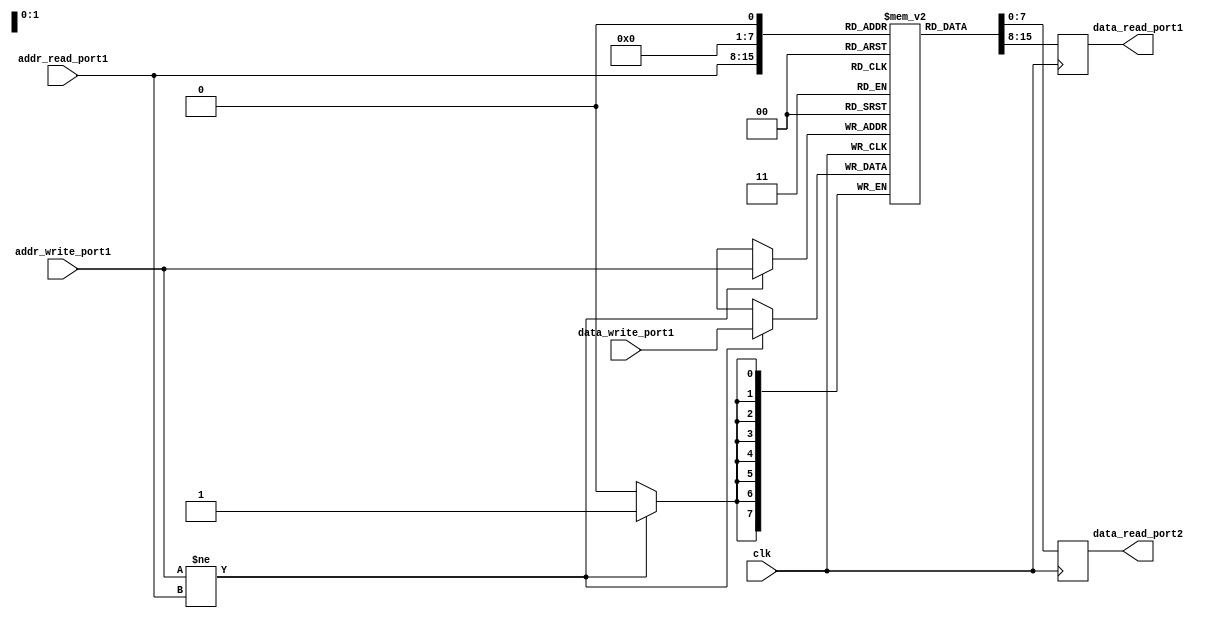
module dual_port_ram (
    input wire clk,                       // Clock signal
    input wire [7:0] addr_read_port1,     // Address for read port 1
    input wire [7:0] addr_write_port1,    // Address for write port 1
    input wire [7:0] data_write_port1,    // Data input for write port 1
    output reg [7:0] data_read_port1,     // Data output for read port 1
    output reg [7:0] data_read_port2      // Data output for read port 2
);

reg [7:0] mem[255:0];   // Memory array with 256 address locations

// Read port 1
always @(posedge clk) begin
    data_read_port1 <= mem[addr_read_port1];
end

// Write port 1
always @(posedge clk) begin
    if (addr_write_port1 != addr_read_port1) begin
        mem[addr_write_port1] <= data_write_port1;
    end
end

// Read port 2
always @(posedge clk) begin
    data_read_port2 <= mem[addr_read_port2];
end

endmodule